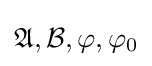
{\mathfrak {A}},{\mathcal {B}},\varphi ,\varphi _{0}